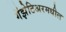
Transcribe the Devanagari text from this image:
गॅझेटिअरमधील